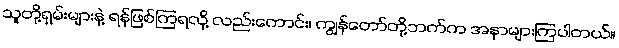
သူတို့ရှမ်းများနဲ့ ရန်ဖြစ်ကြရလို့ လည်းကောင်း၊ ကျွန်တော်တို့ဘက်က အနာများကြပါတယ်။